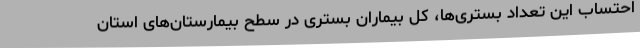
احتساب این تعداد بستری‌ها، کل بیماران بستری در سطح بیمارستان‌های استان